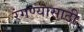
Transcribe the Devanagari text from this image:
रंगण्यासाठी